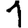
Digit: 1